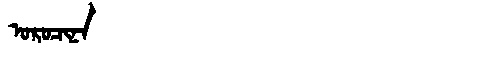
Manchu: ᠣᡵᠣᠴᡳᠨᠠ
Romanization: OROCINA